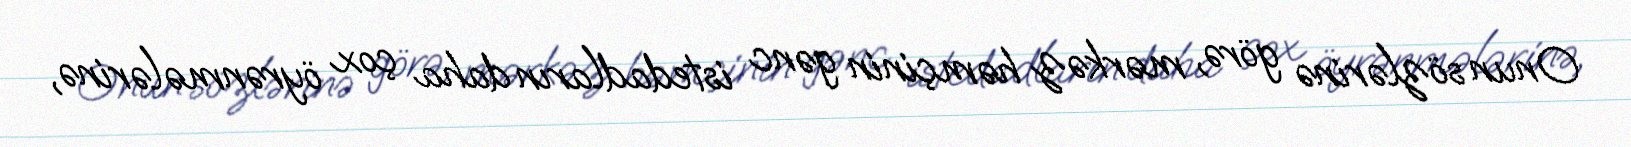
Onun sözlərinə görə, mərkəz həmçinin gənc istedadların daha çox öyrənmələrinə,